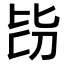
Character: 𣬇